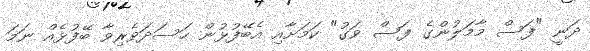
ދަނީ "ފަސް މާމަލުންގެ ފަސް ވަގު" ކަމަށާއި އެބޭފުޅުން ހަސަދަވެރިވާ ބޭފުޅެއް ނަމަ